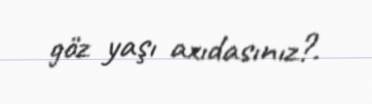
göz yaşı axıdasınız?.